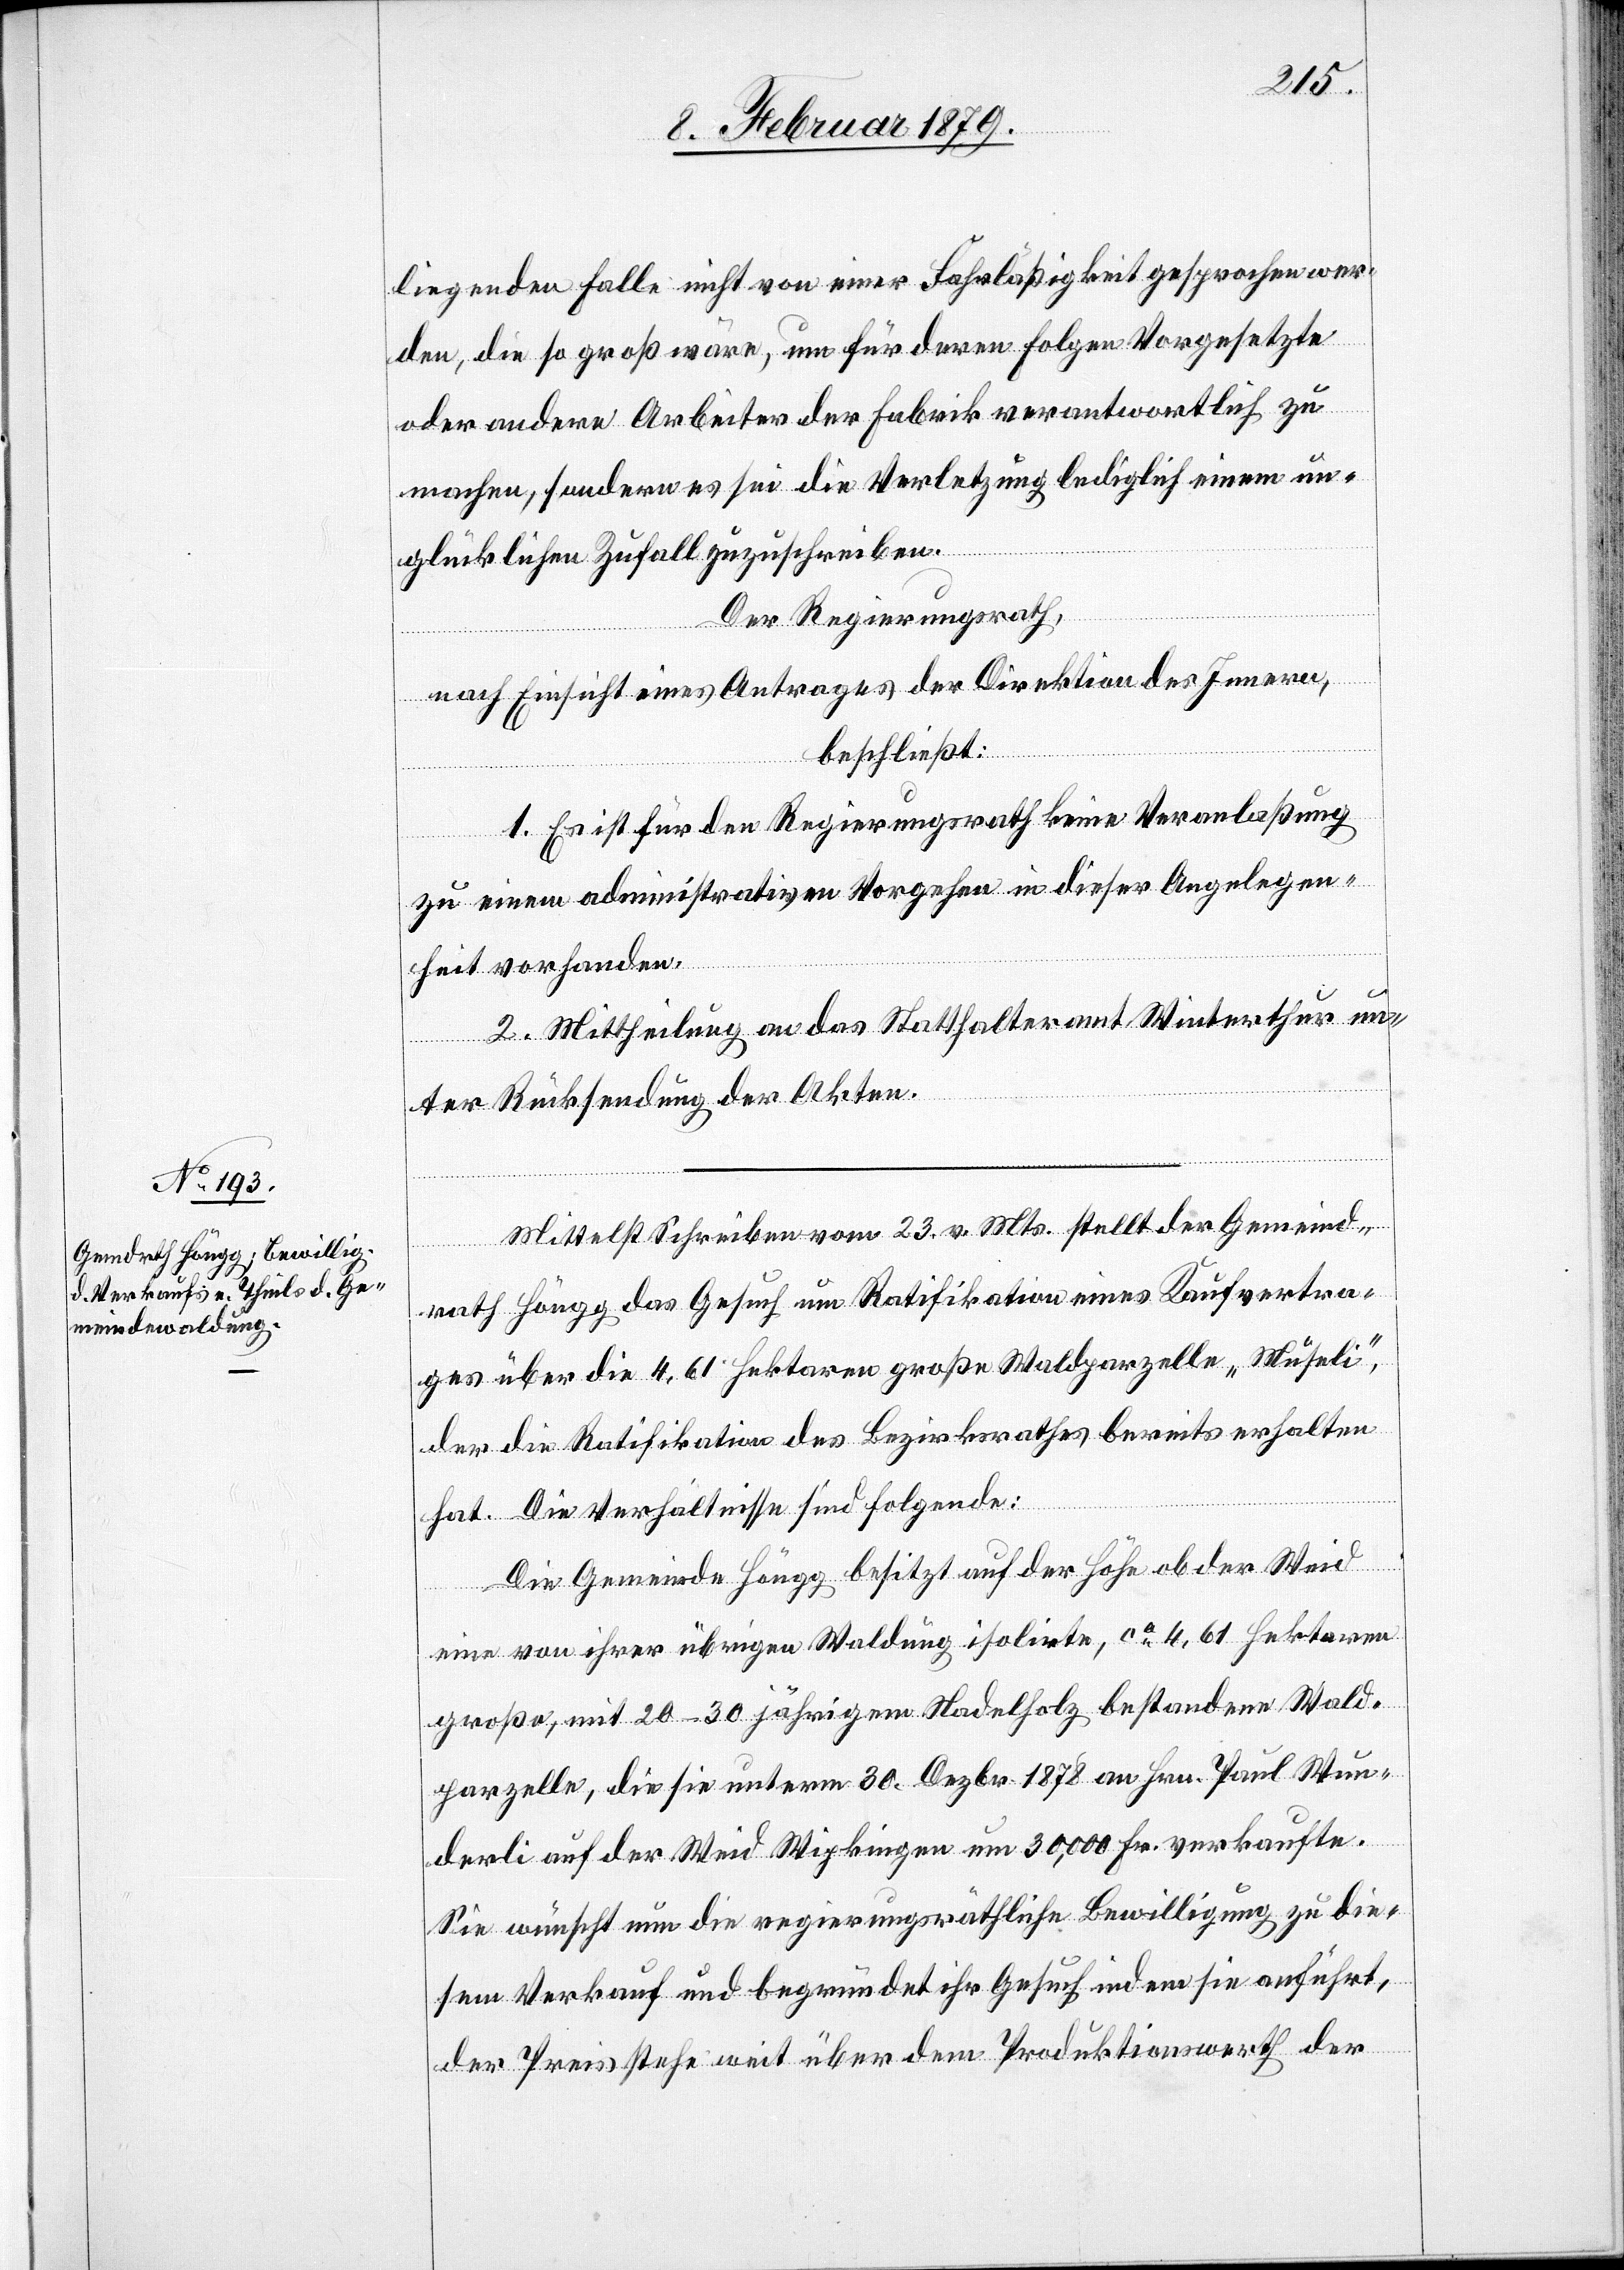
liegenden Falle nicht von einer Fahrläßigkeit gesprochen wer¬
den, die so groß wäre, um für deren Folgen Vorgesetzte
oder andere Arbeiter der Fabrik verantwortlich zu
machen, sondern es sei die Verletzung lediglich einem un¬
glücklichen Zufall zuzuschreiben.
Der Regierungsrath,
nach Einsicht eines Antrages der Direktion des Innern,
beschließt:
1. Es ist für den Regierungsrath keine Veranlaßung
zu einem administrativen Verfahren in dieser Angelegen¬
heit vorhanden.
2. Mittheilung an das Statthalteramt Winterthur un¬
ter Rücksendung der Akten.
Mittelst Schreiben vom 23. v. Mts. stellt der Gemeind¬
rath Höngg das Gesuch um Ratifikation eines Kaufvertra¬
ges über die 4,61 Hektaren große Waldparzelle „Müseli“,
der die Ratifikation des Bezirksrathes bereits erhalten
hat. Die Verhältnisse sind folgende:
Die Gemeinde Höngg besitzt auf der Höhe ob der Weid
eine von ihrer übrigen Waldung isolirte, ca 4,61 Hektaren
große, mit 20–30jährigem Nadelholz bestandene Wald¬
parzelle, die sie unterm 30. Dezbr. 1878 an Hrn. Paul Wun¬
derli auf der Weid Wipkingen um 30,000 Fr. verkaufte.
Sie wünscht nun die regierungsräthliche Bewilligung zu die¬
sem Verkauf und begründet ihr Gesuch indem sie anführt,
der Preis stehe weit über dem Produktionswerth der